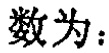
数为：